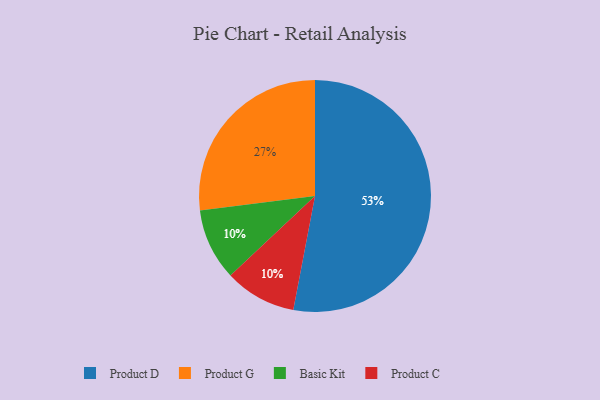
{"axis": {"x": "Category", "y": "Percentage"}, "legend": ["Basic Kit", "Product C", "Product D", "Product G"], "data": [{"x": "Product D", "y": 53, "type": "Product D"}, {"x": "Basic Kit", "y": 10, "type": "Basic Kit"}, {"x": "Product C", "y": 10, "type": "Product C"}, {"x": "Product G", "y": 27, "type": "Product G"}]}